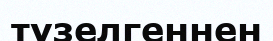
түзелгеннен